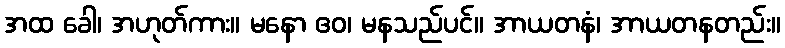
အထ ခေါ၊ အဟုတ်ကား။ မနော ဧဝ၊ မနသည်ပင်။ အာယတနံ၊ အာယတနတည်း။